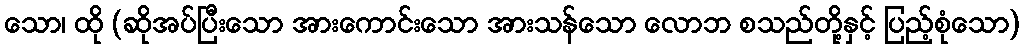
သော၊ ထို (ဆိုအပ်ပြီးသော အားကောင်းသော အားသန်သော လောဘ စသည်တို့နှင့် ပြည့်စုံသော)